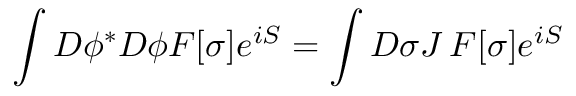
\int D \phi ^ { * } D \phi F [ \sigma ] e ^ { i S } = \int D \sigma J \, F [ \sigma ] e ^ { i S }